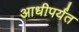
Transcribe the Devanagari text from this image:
आधीपर्यंत